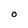
Character: 0